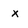
Character: x